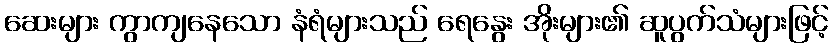
ဆေးများ ကွာကျနေသော နံရံများသည် ရေနွေး အိုးများ၏ ဆူပွက်သံများဖြင့်